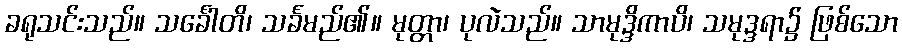
ခရုသင်းသည်။ သင်္ခေါတိ၊ သင်္ခမည်၏။ မုတ္တာ၊ ပုလဲသည်။ သာမုဒ္ဒိကာပိ၊ သမုဒ္ဒရာ၌ ဖြစ်သော